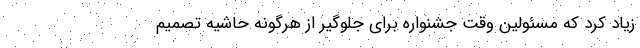
زیاد کرد که مسئولین وقت جشنواره برای جلوگیر از هرگونه حاشیه تصمیم